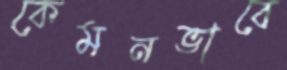
কেমনভাবে